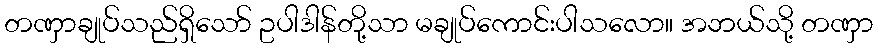
တဏှာချုပ်သည်ရှိသော် ဥပါဒါန်တို့သာ မချုပ်ကောင်းပါသလော။ အဘယ်သို့ တဏှာ